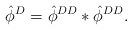
LaTeX: \begin{align*}\hat{\phi}^{D}=\hat{\phi}^{DD}*\hat{\phi}^{DD}.\end{align*}